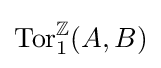
\operatorname {Tor} _{1}^{\mathbb {Z} }(A,B)